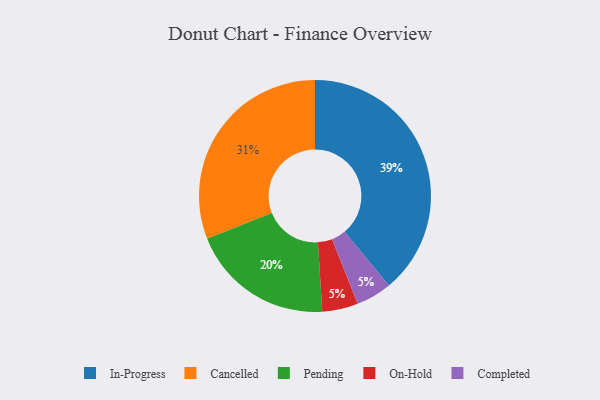
{"axis": {"x": "Category", "y": "Percentage"}, "legend": ["Cancelled", "Completed", "In-Progress", "On-Hold", "Pending"], "data": [{"x": "On-Hold", "y": 5, "type": "On-Hold"}, {"x": "Completed", "y": 5, "type": "Completed"}, {"x": "In-Progress", "y": 39, "type": "In-Progress"}, {"x": "Pending", "y": 20, "type": "Pending"}, {"x": "Cancelled", "y": 31, "type": "Cancelled"}]}